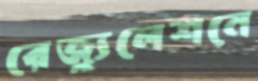
রেজ্যুলেশনে